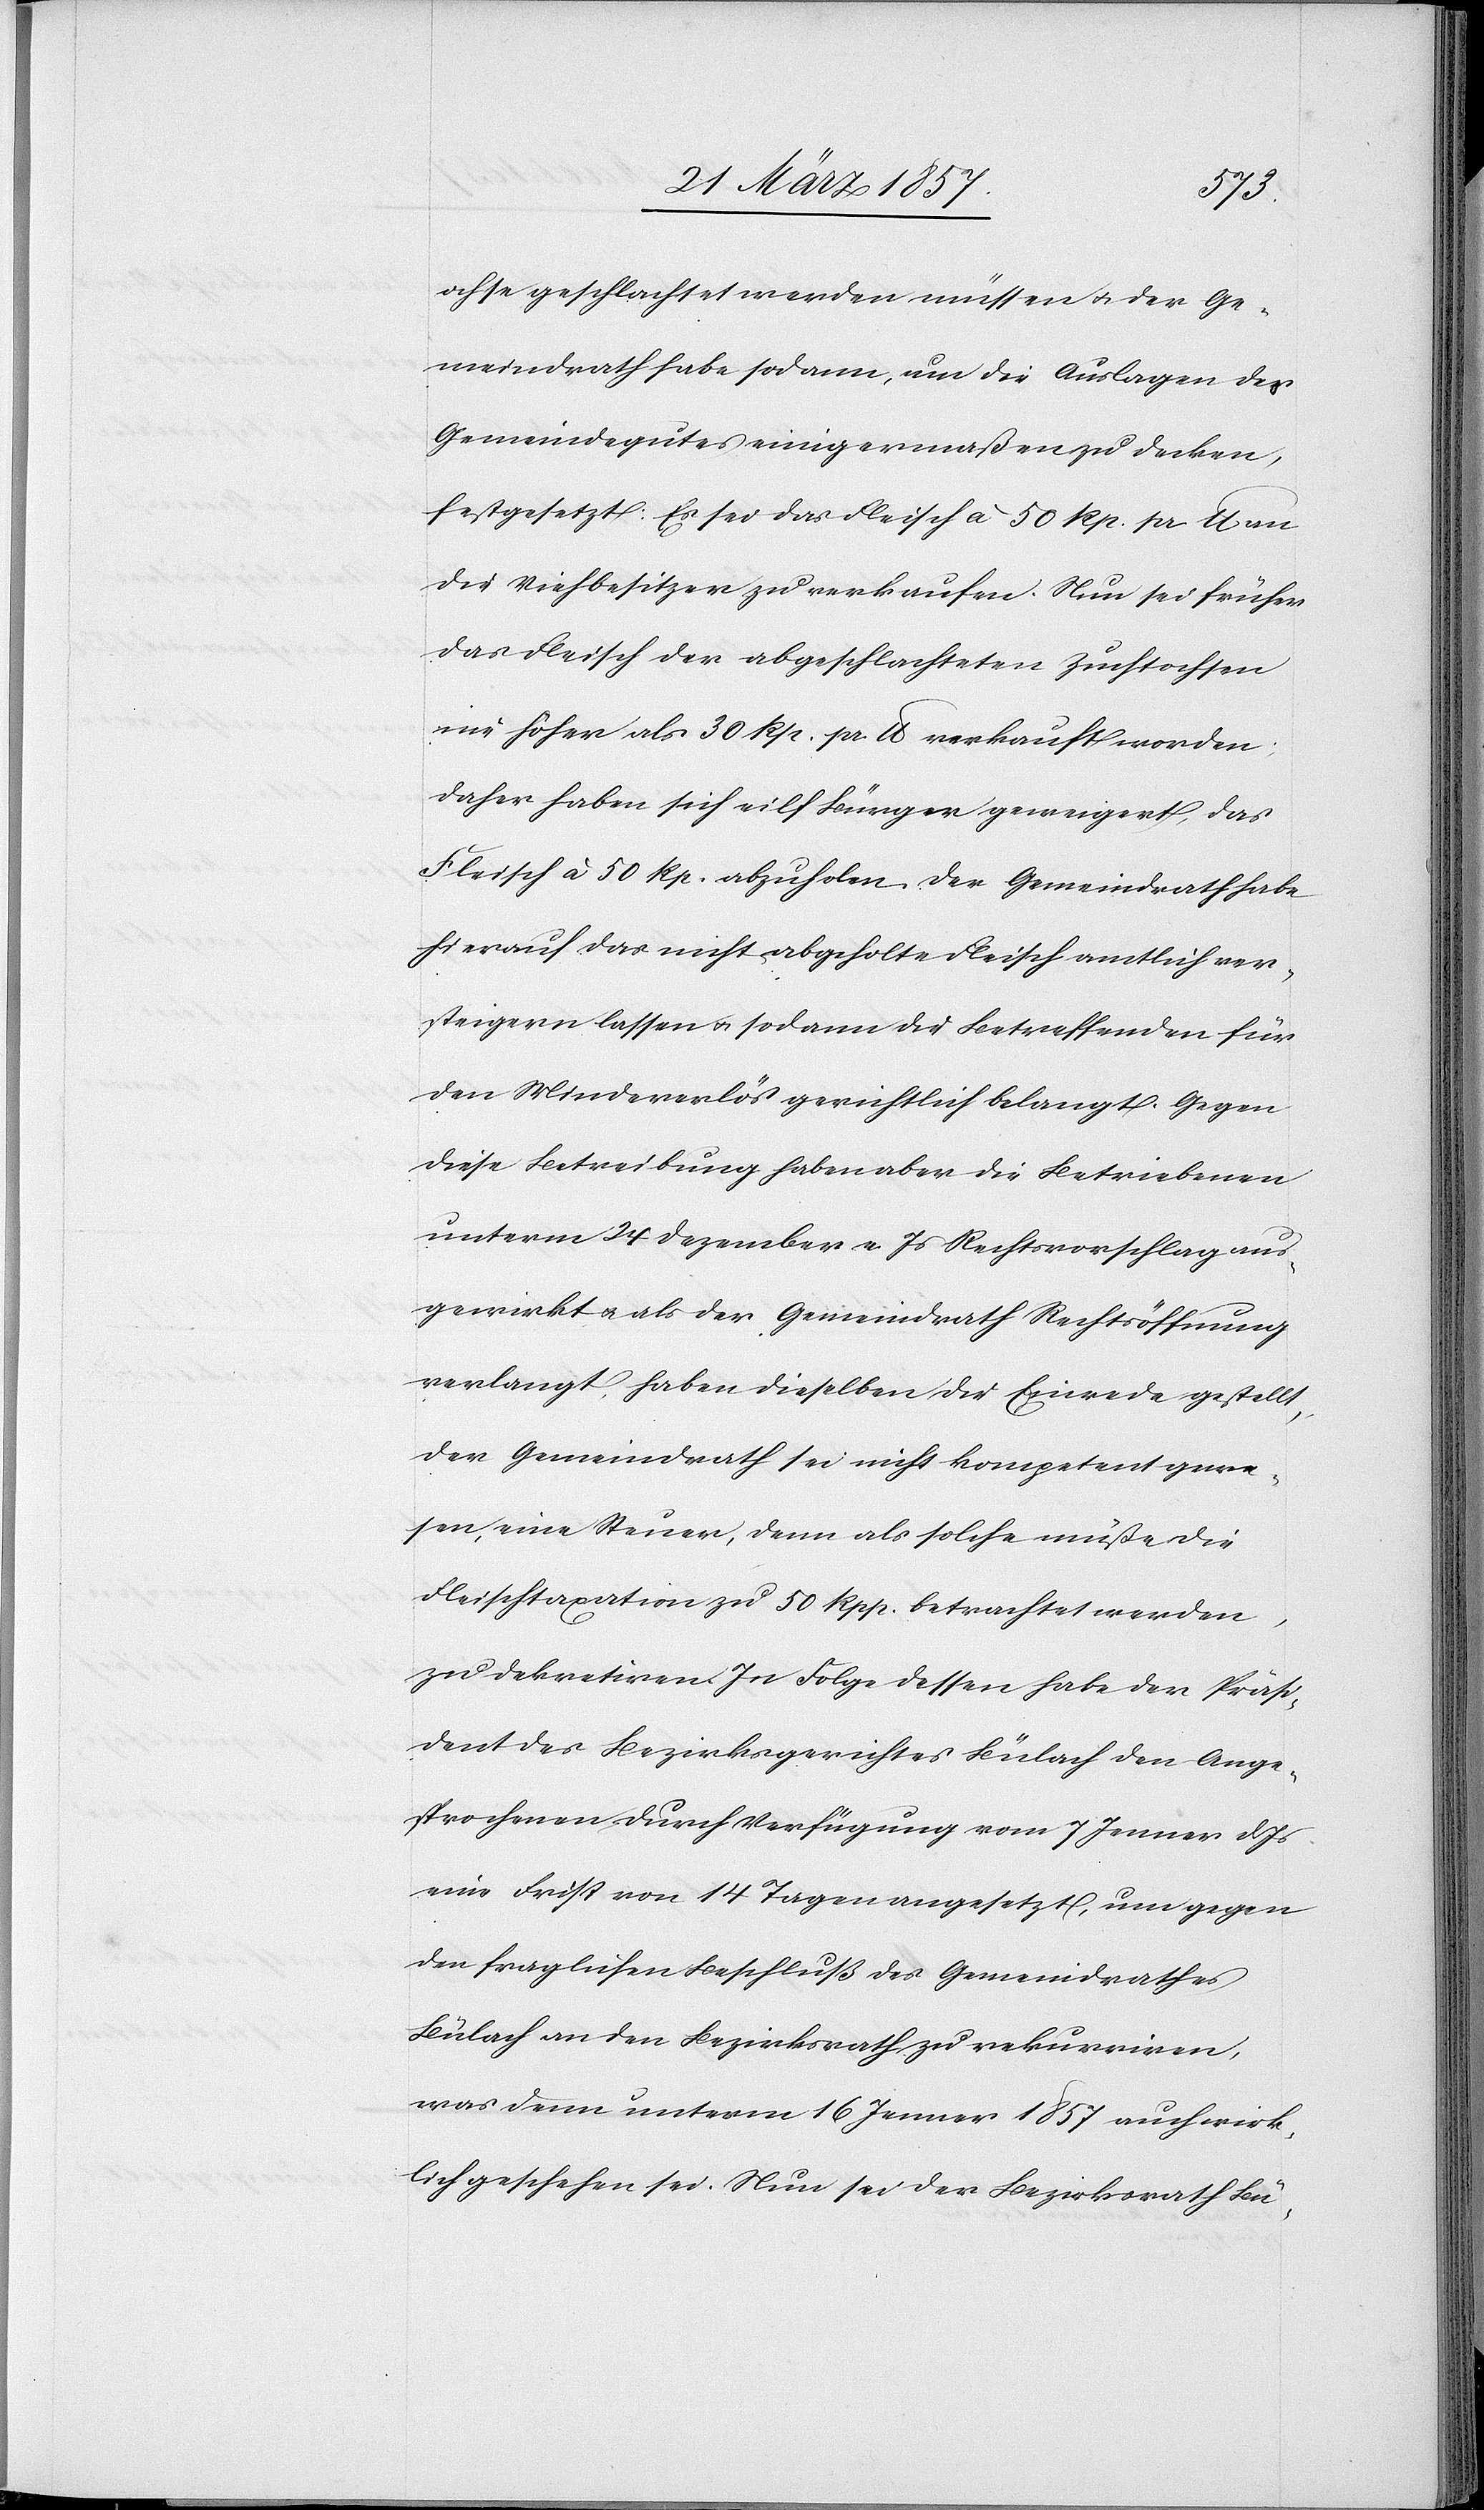
ochse geschlachtet werden müssen u. der Ge¬
meindrath habe sodann, um die Auslagen des
Gemeindegutes einigermaßen zu decken,
festgesetzt: Es sei das Fleisch à 50 Rp. pr lb an
die Viehbesitzer zu verkaufen. Nun sei früher
das Fleisch der abgeschlachteten Zuchtochsen
nie höher als 30 Rp. pr. lb verkauft worden;
daher haben sich eilf Bürger geweigert, das
Fleisch à 50 Rp. abzuholen. Der Gemeindrath habe
hierauf das nicht abgeholte Fleisch amtlich ver¬
steigern lassen u. sodann die Betreffenden für
den Mindererlös gerichtlich belangt. Gegen
diese Betreibung haben aber die Betriebenen
unterm 24 Dezember v. Js Rechtsvorschlag aus¬
gewirkt u. als der Gemeindrath Rechtsöffnung
verlangt, haben dieselben die Einrede gestellt,
der Gemeindrath sei nicht kompetent gewe¬
sen, eine Steuer, denn als solche müsse die
Fleischtaxation zu 50 Rpp. betrachtet werden,
zu dekretiren. In Folge dessen habe der Präsi¬
dent des Bezirksgerichtes Bülach den Ange¬
sprochenen durch Verfügung vom 7 Jenner d Js
eine Frist von 14 Tagen angesetzt, um gegen
den fraglichen Beschluß des Gemeindrathes
Bülach an den Bezirksrath zu rekurriren,
was denn unterm 16 Jenner 1857 auch wirk¬
lich geschehen sei. Nun sei der Bezirksrath Bü-